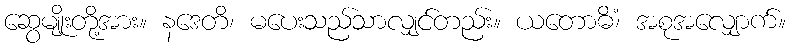
ဆွေမျိုးတို့အား။ နဒေတိ၊ မပေးသည်သာလျှင်တည်း။ ယတောဓိံ၊ အစုအလျှောက်။